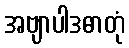
အဗျာပါဒဓာတုံ